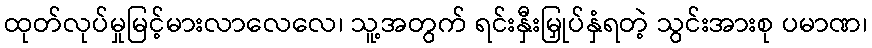
ထုတ်လုပ်မှုမြင့်မားလာလေလေ၊ သူ့အတွက် ရင်းနှီးမြှုပ်နှံရတဲ့ သွင်းအားစု ပမာဏ၊